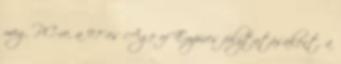
meg PC-re, a 97'-es Age of Empires folytatásaként, a